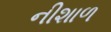
નીશાળ